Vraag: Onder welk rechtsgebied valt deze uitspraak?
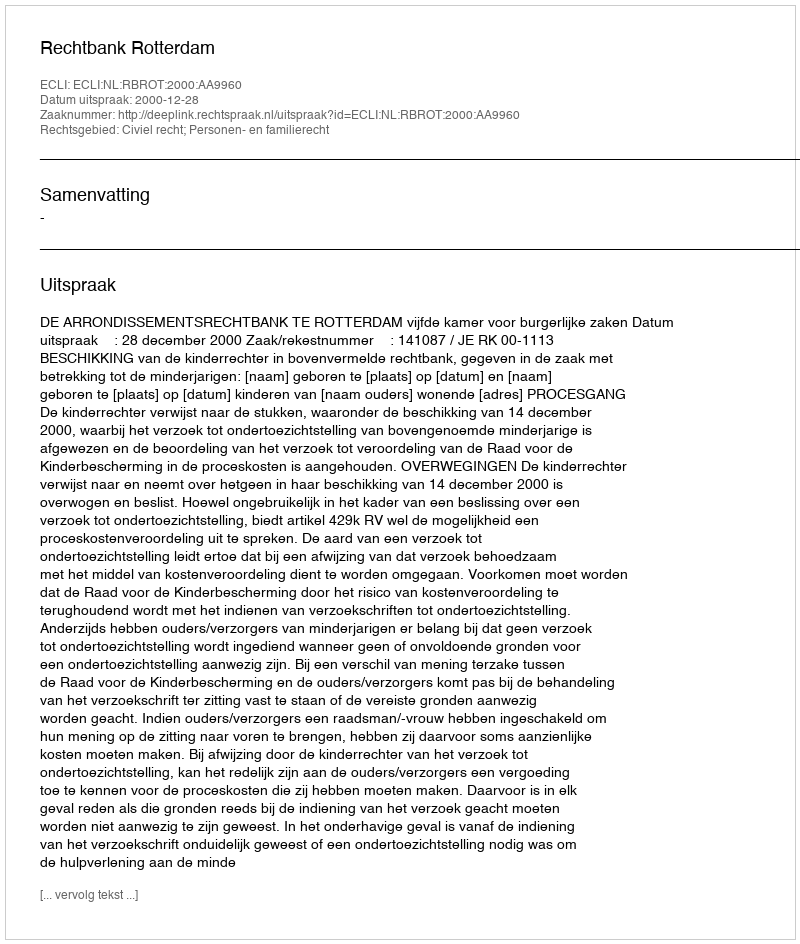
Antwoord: Civiel recht; Personen- en familierecht